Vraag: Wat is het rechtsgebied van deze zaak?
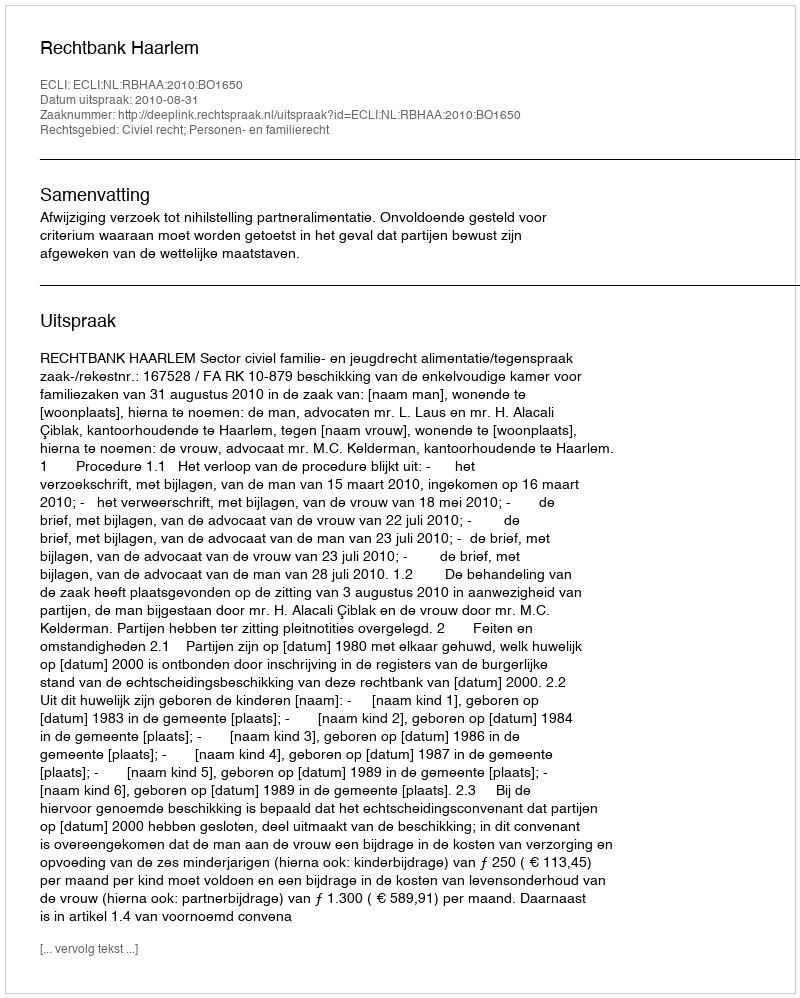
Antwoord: Civiel recht; Personen- en familierecht